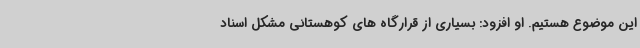
این موضوع هستیم. او افزود: بسیاری از قرارگاه های کوهستانی مشکل اسناد